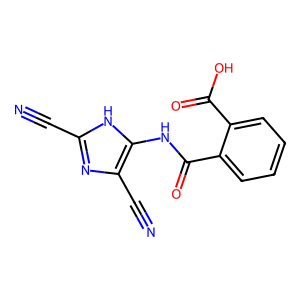
SMILES: N#Cc1nc(C#N)c(NC(=O)c2ccccc2C(=O)O)[nH]1
Inhibits HIV replication: No